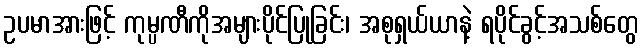
ဥပမာအားဖြင့် ကုမ္ပဏီကိုအများပိုင်ပြုခြင်း၊ အစုရှယ်ယာနဲ့ ရပိုင်ခွင့်အသစ်တွေ